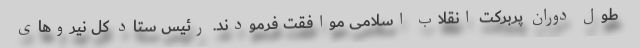
طول دوران پربرکت انقلاب اسلامی موافقت فرمودند. رئیس ستاد کل نیروهای